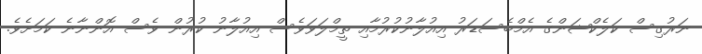
ނަރުގިސް ކަލެކްޝަންގެ އެމްބެސަޑަރު އިއުލާނުކުރުމާއި ތީމްލަވަވެސް އިއުލާނު ކުރުން ވެސް އޮންނާނެ ކަމަށެވެ.